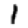
Digit: 1